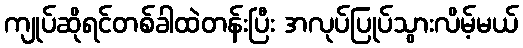
ကျုပ်ဆိုရင်တစ်ခါထဲတန်းပြီး အလုပ်ပြုပ်သွားလိမ့်မယ်